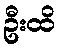
ဦးထိ